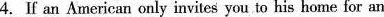
4.If an American only invites you to his home for an